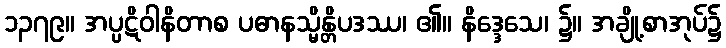
၁၃၇၉။ အပ္ပဋိဝါနိတာစ ပဓာနသ္မိန္တိပဒဿ၊ ၏။ နိဒ္ဒေသေ၊ ၌။ အချို့စာအုပ်၌